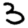
Digit: 3